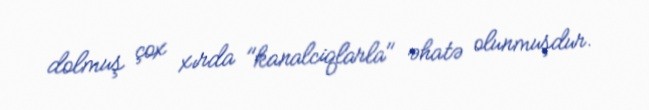
dolmuş çox xırda "kanalciqlarla" əhatə olunmuşdur.